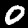
Label: 0